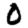
Digit: 0